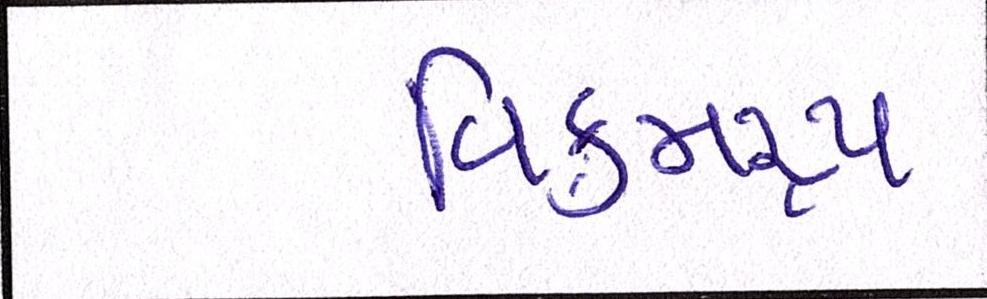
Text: વિક્રમરૃપ